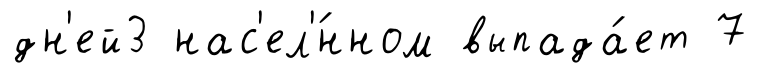
дн'ей3 нас'ел'́нном выпада́ет 7